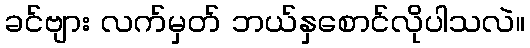
ခင်ဗျား လက်မှတ် ဘယ်နှစောင်လိုပါသလဲ။